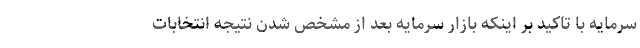
سرمایه با تاکید بر اینکه بازار سرمایه بعد از مشخص شدن نتیجه انتخابات